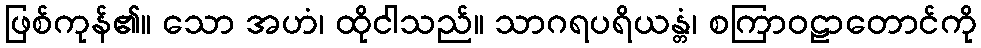
ဖြစ်ကုန်၏။ သော အဟံ၊ ထိုငါသည်။ သာဂရပရိယန္တံ၊ စကြာဝဠာတောင်ကို